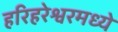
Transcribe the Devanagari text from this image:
हरिहरेश्वरमध्ये